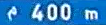
400 m